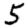
Digit: 5